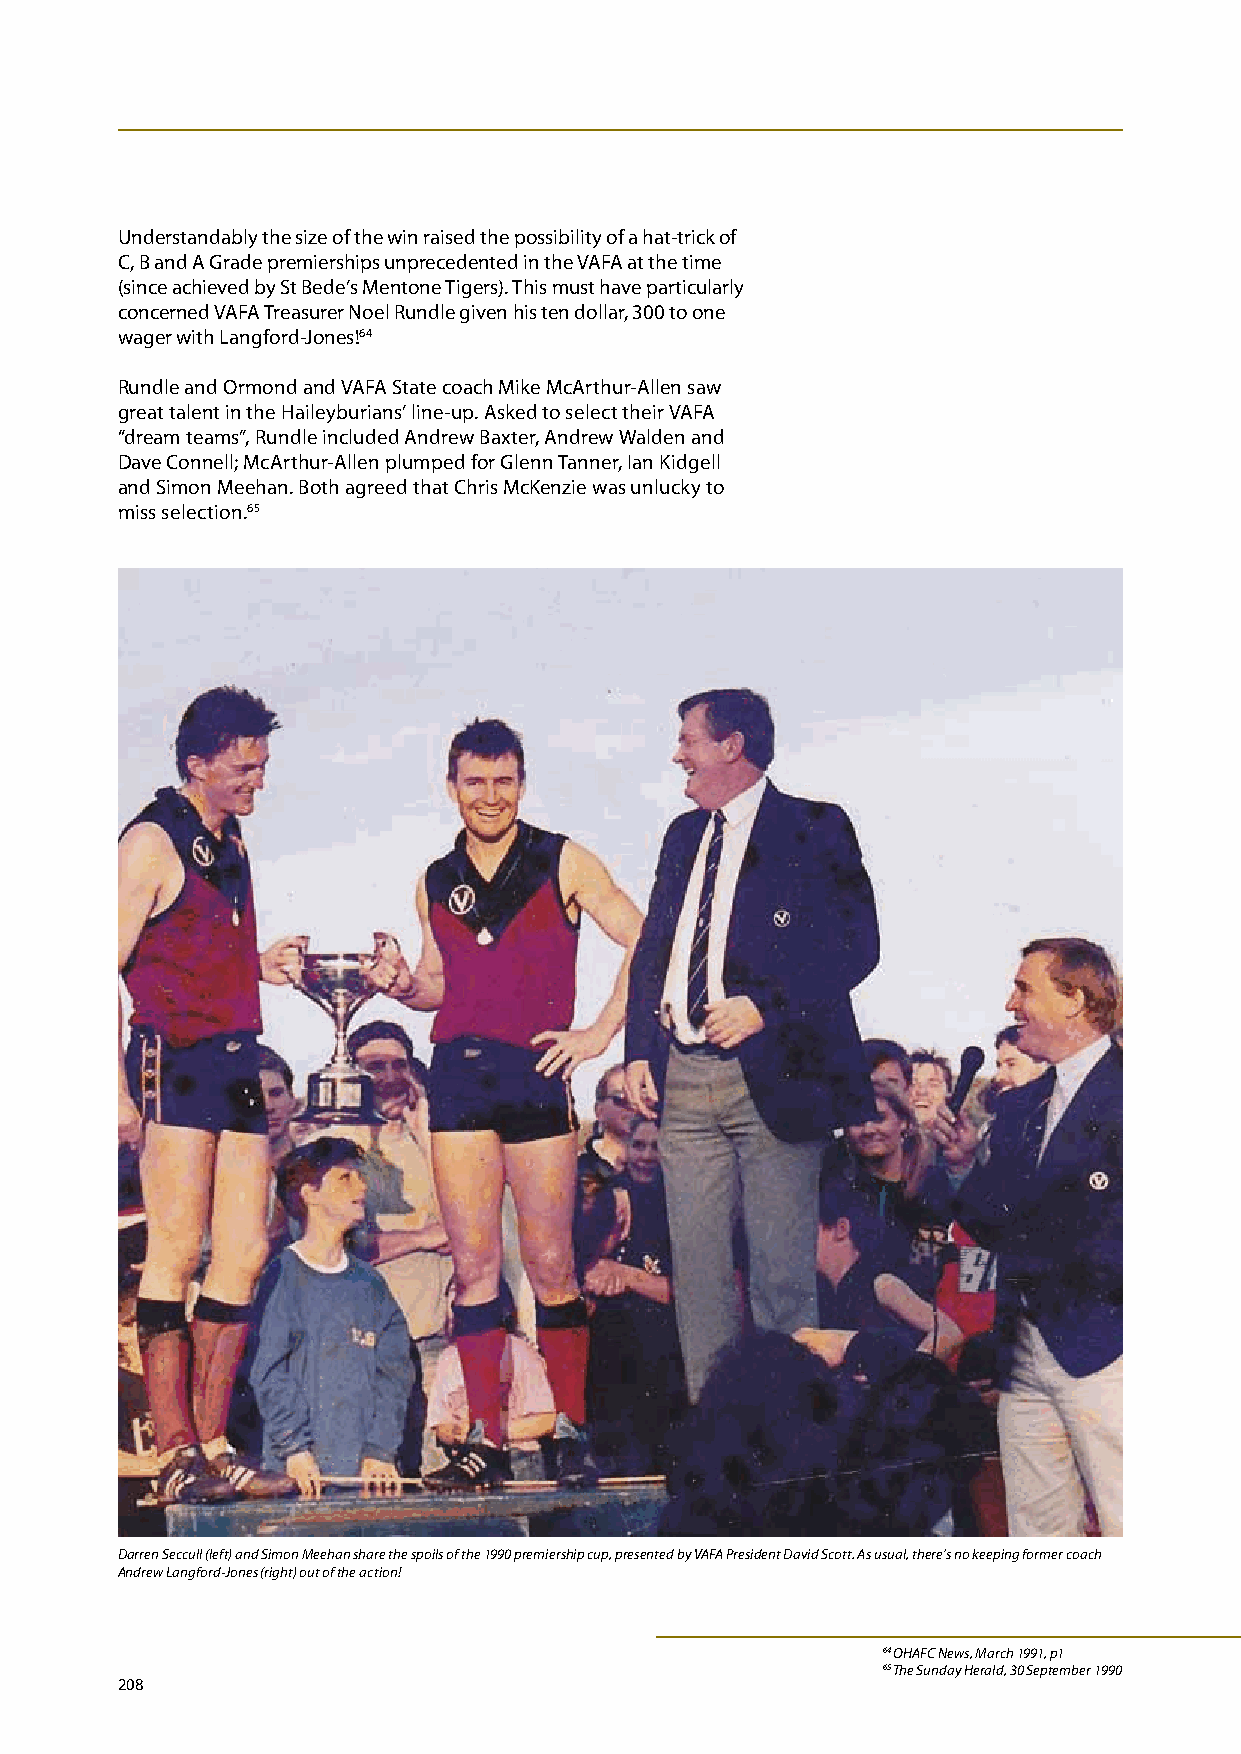
Understandably the size of the win raised the possibility of a hat-trick of
 C, B and A Grade premierships unprecedented in the VAFA at the time
 (since achieved by St Bede’s Mentone Tigers). This must have particularly
 concerned VAFA Treasurer Noel Rundle given his ten dollar, 300 to one
 wager with Langford-Jones!64
 Rundle and Ormond and VAFA State coach Mike McArthur-Allen saw
 great talent in the Haileyburians’ line-up. Asked to select their VAFA
 “dream teams”, Rundle included Andrew Baxter, Andrew Walden and
 Dave Connell; McArthur-Allen plumped for Glenn Tanner, Ian Kidgell
 and Simon Meehan. Both agreed that Chris McKenzie was unlucky to
 miss selection.65
 Darren Seccull (left) and Simon Meehan share the spoils of the 1990 premiership cup, presented by VAFA President David Scott. As usual, there’s no keeping former coach
 Andrew Langford-Jones (right) out of the action!
 64 OHAFC News, March 1991, p1
 65 The Sunday Herald, 30 September 1990
 208